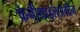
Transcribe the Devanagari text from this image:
फेनीथाइलअमीन